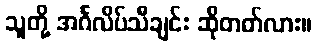
သူတို့ အင်္ဂလိပ်သီချင်း ဆိုတတ်လား။